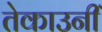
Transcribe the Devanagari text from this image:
तेकाउनीं